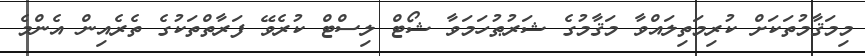
މިމަޤާމުތަކަށް ކުރިމަތިލައްވާ މަޤާމުގެ ޝަރުޠުހަމަވާ ޝޯޓް ލިސްޓް ކުރެވޭ ފަރާތްތަކުގެ ތެރެއިން އެންމެ